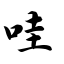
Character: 哇